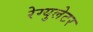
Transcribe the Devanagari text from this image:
रेग्युलेटर